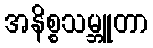
အနိစ္စသမ္ဘူတာ